Leaving Certificate Examination, 1924
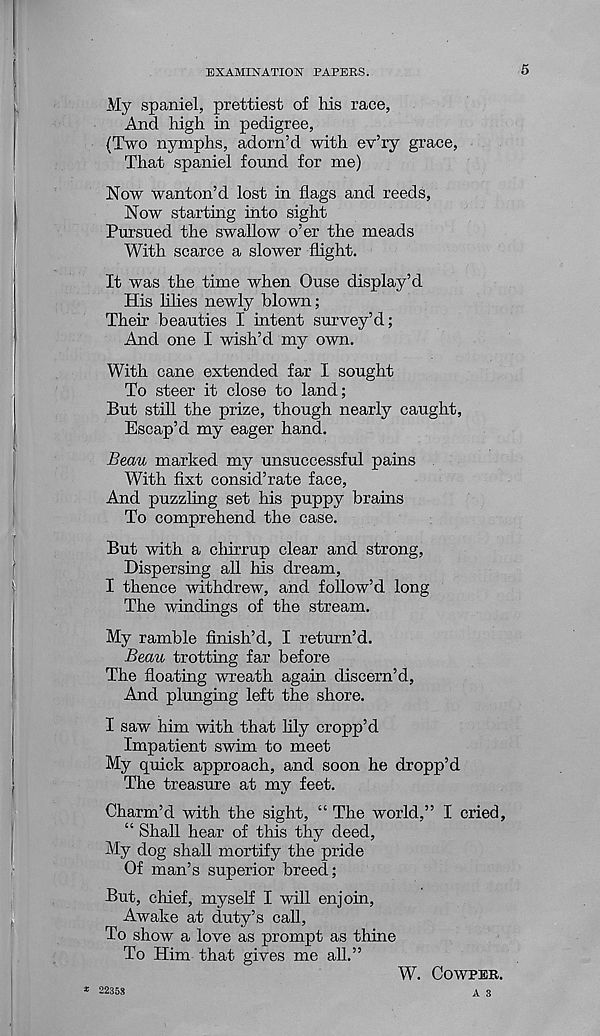
EXAMINATION PAPERS.
5
My spaniel, prettiest of his race,
And high in pedigree,
(Two nymphs, adorn’d with ev’ry grace,
That spaniel found for me)
Now wanton’d lost in flags and reeds,
Now starting into sight
Pursued the swallow o’er the meads
With scarce a slower flight.
It was the time when Ouse display’d
His lilies newly blown;
Their beauties I intent survey’d;
And one I wish’d my own.
With cane extended far I sought
To steer it close to land;
But still the prize, though nearly caught,
Escap’d my eager hand.
Beau marked my unsuccessful pains
With fixt consid’rate face,
And puzzling set his puppy brains
To comprehend the case.
But with a chirrup clear and strong,
Dispersing all his dream,
I thence withdrew, and follow’d long
The windings of the stream.
My ramble finish’d, I return’d.
Beau trotting far before
The floating wreath again discern’d,
And plunging left the shore.
I saw him with that lily cropp’d
Impatient swim to meet
My quick approach, and soon he dropp’d
The treasure at my feet.
Charm’d with the sight, “ The world,” I cried,
“ Shall hear of this thy deed,
My dog shall mortify the pride
Of man’s superior breed;
But, chief, myself I will enjoin,
Awake at duty’s call,
To show a love as prompt as thine
To Him that gives me all.”
W. COWPER.
A 3
* 22358